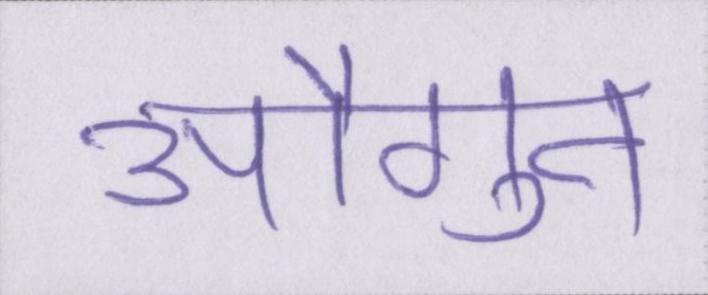
औगुन